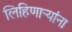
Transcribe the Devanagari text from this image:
लिहिणार्‍यांना